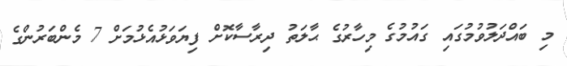
މި ބައްދަލުވުމުގައި ގައުމުގެ މިހާރުގެ ޙާލަތު ދިރާސާކޮށް ފިޔަވަޅުއެޅުމަށް 7 މެންބަރުންގެ